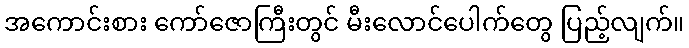
အကောင်းစား ကော်ဇောကြီးတွင် မီးလောင်ပေါက်တွေ ပြည့်လျက်။